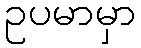
ဥပမာမှာ